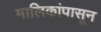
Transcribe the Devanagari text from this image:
मालिकांपासून